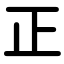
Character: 正